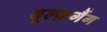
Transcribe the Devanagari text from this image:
वूल्फ़गैंग